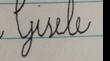
Signature authenticity: forged